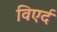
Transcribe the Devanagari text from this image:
विएर्द